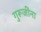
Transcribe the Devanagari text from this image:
गुरूजींना